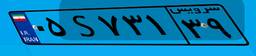
۰۵S۷۳۱۳۹